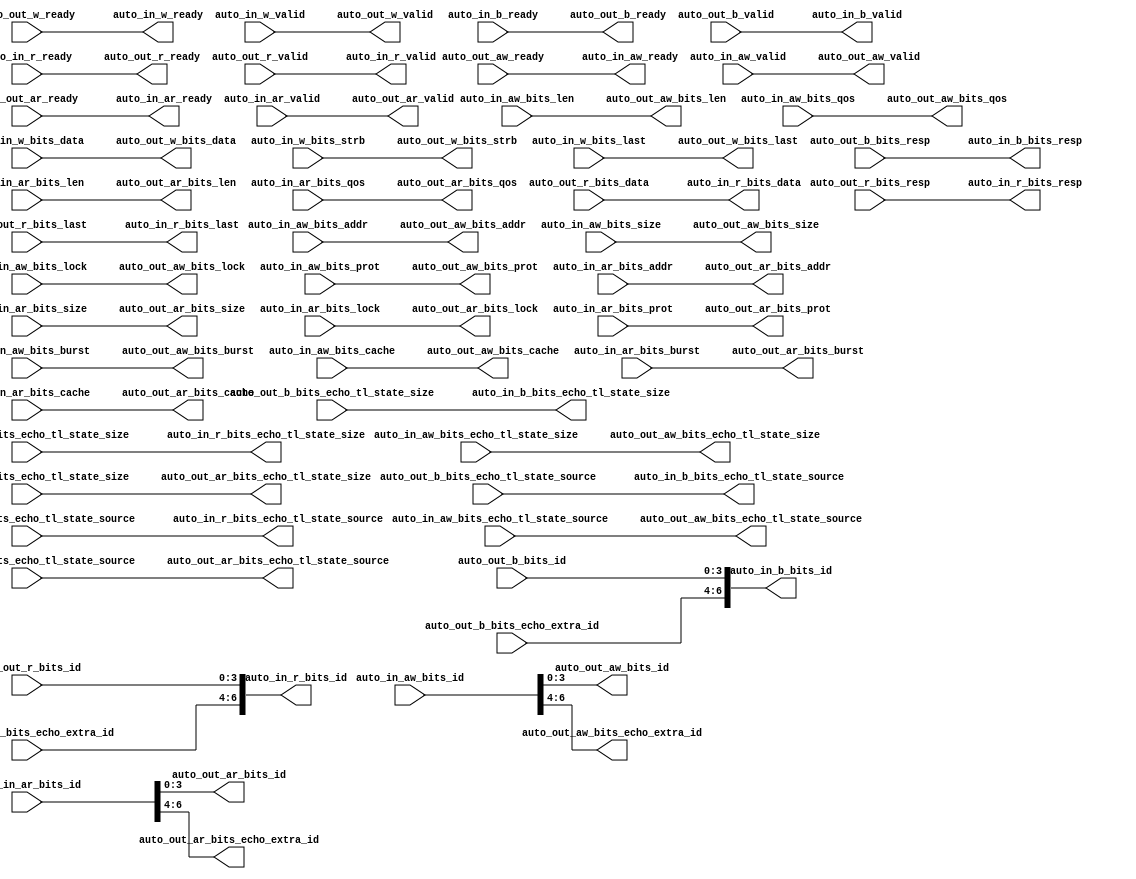
module AXI4IdIndexer_2(
  output        auto_in_aw_ready,
  input         auto_in_aw_valid,
  input  [6:0]  auto_in_aw_bits_id,
  input  [31:0] auto_in_aw_bits_addr,
  input  [7:0]  auto_in_aw_bits_len,
  input  [2:0]  auto_in_aw_bits_size,
  input  [1:0]  auto_in_aw_bits_burst,
  input         auto_in_aw_bits_lock,
  input  [3:0]  auto_in_aw_bits_cache,
  input  [2:0]  auto_in_aw_bits_prot,
  input  [3:0]  auto_in_aw_bits_qos,
  input  [3:0]  auto_in_aw_bits_echo_tl_state_size,
  input  [6:0]  auto_in_aw_bits_echo_tl_state_source,
  output        auto_in_w_ready,
  input         auto_in_w_valid,
  input  [63:0] auto_in_w_bits_data,
  input  [7:0]  auto_in_w_bits_strb,
  input         auto_in_w_bits_last,
  input         auto_in_b_ready,
  output        auto_in_b_valid,
  output [6:0]  auto_in_b_bits_id,
  output [1:0]  auto_in_b_bits_resp,
  output [3:0]  auto_in_b_bits_echo_tl_state_size,
  output [6:0]  auto_in_b_bits_echo_tl_state_source,
  output        auto_in_ar_ready,
  input         auto_in_ar_valid,
  input  [6:0]  auto_in_ar_bits_id,
  input  [31:0] auto_in_ar_bits_addr,
  input  [7:0]  auto_in_ar_bits_len,
  input  [2:0]  auto_in_ar_bits_size,
  input  [1:0]  auto_in_ar_bits_burst,
  input         auto_in_ar_bits_lock,
  input  [3:0]  auto_in_ar_bits_cache,
  input  [2:0]  auto_in_ar_bits_prot,
  input  [3:0]  auto_in_ar_bits_qos,
  input  [3:0]  auto_in_ar_bits_echo_tl_state_size,
  input  [6:0]  auto_in_ar_bits_echo_tl_state_source,
  input         auto_in_r_ready,
  output        auto_in_r_valid,
  output [6:0]  auto_in_r_bits_id,
  output [63:0] auto_in_r_bits_data,
  output [1:0]  auto_in_r_bits_resp,
  output [3:0]  auto_in_r_bits_echo_tl_state_size,
  output [6:0]  auto_in_r_bits_echo_tl_state_source,
  output        auto_in_r_bits_last,
  input         auto_out_aw_ready,
  output        auto_out_aw_valid,
  output [3:0]  auto_out_aw_bits_id,
  output [31:0] auto_out_aw_bits_addr,
  output [7:0]  auto_out_aw_bits_len,
  output [2:0]  auto_out_aw_bits_size,
  output [1:0]  auto_out_aw_bits_burst,
  output        auto_out_aw_bits_lock,
  output [3:0]  auto_out_aw_bits_cache,
  output [2:0]  auto_out_aw_bits_prot,
  output [3:0]  auto_out_aw_bits_qos,
  output [3:0]  auto_out_aw_bits_echo_tl_state_size,
  output [6:0]  auto_out_aw_bits_echo_tl_state_source,
  output [2:0]  auto_out_aw_bits_echo_extra_id,
  input         auto_out_w_ready,
  output        auto_out_w_valid,
  output [63:0] auto_out_w_bits_data,
  output [7:0]  auto_out_w_bits_strb,
  output        auto_out_w_bits_last,
  output        auto_out_b_ready,
  input         auto_out_b_valid,
  input  [3:0]  auto_out_b_bits_id,
  input  [1:0]  auto_out_b_bits_resp,
  input  [3:0]  auto_out_b_bits_echo_tl_state_size,
  input  [6:0]  auto_out_b_bits_echo_tl_state_source,
  input  [2:0]  auto_out_b_bits_echo_extra_id,
  input         auto_out_ar_ready,
  output        auto_out_ar_valid,
  output [3:0]  auto_out_ar_bits_id,
  output [31:0] auto_out_ar_bits_addr,
  output [7:0]  auto_out_ar_bits_len,
  output [2:0]  auto_out_ar_bits_size,
  output [1:0]  auto_out_ar_bits_burst,
  output        auto_out_ar_bits_lock,
  output [3:0]  auto_out_ar_bits_cache,
  output [2:0]  auto_out_ar_bits_prot,
  output [3:0]  auto_out_ar_bits_qos,
  output [3:0]  auto_out_ar_bits_echo_tl_state_size,
  output [6:0]  auto_out_ar_bits_echo_tl_state_source,
  output [2:0]  auto_out_ar_bits_echo_extra_id,
  output        auto_out_r_ready,
  input         auto_out_r_valid,
  input  [3:0]  auto_out_r_bits_id,
  input  [63:0] auto_out_r_bits_data,
  input  [1:0]  auto_out_r_bits_resp,
  input  [3:0]  auto_out_r_bits_echo_tl_state_size,
  input  [6:0]  auto_out_r_bits_echo_tl_state_source,
  input  [2:0]  auto_out_r_bits_echo_extra_id,
  input         auto_out_r_bits_last
);
  assign auto_in_aw_ready = auto_out_aw_ready; // @[Nodes.scala 1213:84 LazyModule.scala 314:12]
  assign auto_in_w_ready = auto_out_w_ready; // @[Nodes.scala 1213:84 LazyModule.scala 314:12]
  assign auto_in_b_valid = auto_out_b_valid; // @[Nodes.scala 1213:84 LazyModule.scala 314:12]
  assign auto_in_b_bits_id = {auto_out_b_bits_echo_extra_id,auto_out_b_bits_id}; // @[Cat.scala 29:58]
  assign auto_in_b_bits_resp = auto_out_b_bits_resp; // @[Nodes.scala 1213:84 LazyModule.scala 314:12]
  assign auto_in_b_bits_echo_tl_state_size = auto_out_b_bits_echo_tl_state_size; // @[Nodes.scala 1213:84 LazyModule.scala 314:12]
  assign auto_in_b_bits_echo_tl_state_source = auto_out_b_bits_echo_tl_state_source; // @[Nodes.scala 1213:84 LazyModule.scala 314:12]
  assign auto_in_ar_ready = auto_out_ar_ready; // @[Nodes.scala 1213:84 LazyModule.scala 314:12]
  assign auto_in_r_valid = auto_out_r_valid; // @[Nodes.scala 1213:84 LazyModule.scala 314:12]
  assign auto_in_r_bits_id = {auto_out_r_bits_echo_extra_id,auto_out_r_bits_id}; // @[Cat.scala 29:58]
  assign auto_in_r_bits_data = auto_out_r_bits_data; // @[Nodes.scala 1213:84 LazyModule.scala 314:12]
  assign auto_in_r_bits_resp = auto_out_r_bits_resp; // @[Nodes.scala 1213:84 LazyModule.scala 314:12]
  assign auto_in_r_bits_echo_tl_state_size = auto_out_r_bits_echo_tl_state_size; // @[Nodes.scala 1213:84 LazyModule.scala 314:12]
  assign auto_in_r_bits_echo_tl_state_source = auto_out_r_bits_echo_tl_state_source; // @[Nodes.scala 1213:84 LazyModule.scala 314:12]
  assign auto_in_r_bits_last = auto_out_r_bits_last; // @[Nodes.scala 1213:84 LazyModule.scala 314:12]
  assign auto_out_aw_valid = auto_in_aw_valid; // @[Nodes.scala 1216:84 LazyModule.scala 312:16]
  assign auto_out_aw_bits_id = auto_in_aw_bits_id[3:0]; // @[Nodes.scala 1213:84 BundleMap.scala 248:19]
  assign auto_out_aw_bits_addr = auto_in_aw_bits_addr; // @[Nodes.scala 1216:84 LazyModule.scala 312:16]
  assign auto_out_aw_bits_len = auto_in_aw_bits_len; // @[Nodes.scala 1216:84 LazyModule.scala 312:16]
  assign auto_out_aw_bits_size = auto_in_aw_bits_size; // @[Nodes.scala 1216:84 LazyModule.scala 312:16]
  assign auto_out_aw_bits_burst = auto_in_aw_bits_burst; // @[Nodes.scala 1216:84 LazyModule.scala 312:16]
  assign auto_out_aw_bits_lock = auto_in_aw_bits_lock; // @[Nodes.scala 1216:84 LazyModule.scala 312:16]
  assign auto_out_aw_bits_cache = auto_in_aw_bits_cache; // @[Nodes.scala 1216:84 LazyModule.scala 312:16]
  assign auto_out_aw_bits_prot = auto_in_aw_bits_prot; // @[Nodes.scala 1216:84 LazyModule.scala 312:16]
  assign auto_out_aw_bits_qos = auto_in_aw_bits_qos; // @[Nodes.scala 1216:84 LazyModule.scala 312:16]
  assign auto_out_aw_bits_echo_tl_state_size = auto_in_aw_bits_echo_tl_state_size; // @[Nodes.scala 1216:84 LazyModule.scala 312:16]
  assign auto_out_aw_bits_echo_tl_state_source = auto_in_aw_bits_echo_tl_state_source; // @[Nodes.scala 1216:84 LazyModule.scala 312:16]
  assign auto_out_aw_bits_echo_extra_id = auto_in_aw_bits_id[6:4]; // @[IdIndexer.scala 64:56]
  assign auto_out_w_valid = auto_in_w_valid; // @[Nodes.scala 1216:84 LazyModule.scala 312:16]
  assign auto_out_w_bits_data = auto_in_w_bits_data; // @[Nodes.scala 1216:84 LazyModule.scala 312:16]
  assign auto_out_w_bits_strb = auto_in_w_bits_strb; // @[Nodes.scala 1216:84 LazyModule.scala 312:16]
  assign auto_out_w_bits_last = auto_in_w_bits_last; // @[Nodes.scala 1216:84 LazyModule.scala 312:16]
  assign auto_out_b_ready = auto_in_b_ready; // @[Nodes.scala 1216:84 LazyModule.scala 312:16]
  assign auto_out_ar_valid = auto_in_ar_valid; // @[Nodes.scala 1216:84 LazyModule.scala 312:16]
  assign auto_out_ar_bits_id = auto_in_ar_bits_id[3:0]; // @[Nodes.scala 1213:84 BundleMap.scala 248:19]
  assign auto_out_ar_bits_addr = auto_in_ar_bits_addr; // @[Nodes.scala 1216:84 LazyModule.scala 312:16]
  assign auto_out_ar_bits_len = auto_in_ar_bits_len; // @[Nodes.scala 1216:84 LazyModule.scala 312:16]
  assign auto_out_ar_bits_size = auto_in_ar_bits_size; // @[Nodes.scala 1216:84 LazyModule.scala 312:16]
  assign auto_out_ar_bits_burst = auto_in_ar_bits_burst; // @[Nodes.scala 1216:84 LazyModule.scala 312:16]
  assign auto_out_ar_bits_lock = auto_in_ar_bits_lock; // @[Nodes.scala 1216:84 LazyModule.scala 312:16]
  assign auto_out_ar_bits_cache = auto_in_ar_bits_cache; // @[Nodes.scala 1216:84 LazyModule.scala 312:16]
  assign auto_out_ar_bits_prot = auto_in_ar_bits_prot; // @[Nodes.scala 1216:84 LazyModule.scala 312:16]
  assign auto_out_ar_bits_qos = auto_in_ar_bits_qos; // @[Nodes.scala 1216:84 LazyModule.scala 312:16]
  assign auto_out_ar_bits_echo_tl_state_size = auto_in_ar_bits_echo_tl_state_size; // @[Nodes.scala 1216:84 LazyModule.scala 312:16]
  assign auto_out_ar_bits_echo_tl_state_source = auto_in_ar_bits_echo_tl_state_source; // @[Nodes.scala 1216:84 LazyModule.scala 312:16]
  assign auto_out_ar_bits_echo_extra_id = auto_in_ar_bits_id[6:4]; // @[IdIndexer.scala 63:56]
  assign auto_out_r_ready = auto_in_r_ready; // @[Nodes.scala 1216:84 LazyModule.scala 312:16]
endmodule